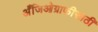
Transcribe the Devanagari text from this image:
अँजिओग्राफीसाठी